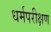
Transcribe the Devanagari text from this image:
धर्मपरीक्षण